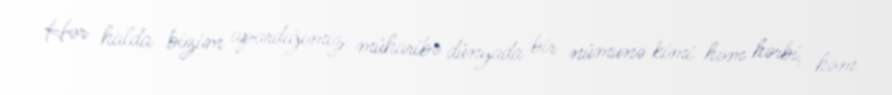
Hər halda bizim apardığımız müharibə dünyada bir nümunə kimi həm hərbi, həm